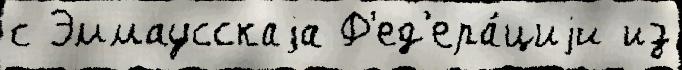
с Эммаусскаjа Ф'ед'ера́циjи из